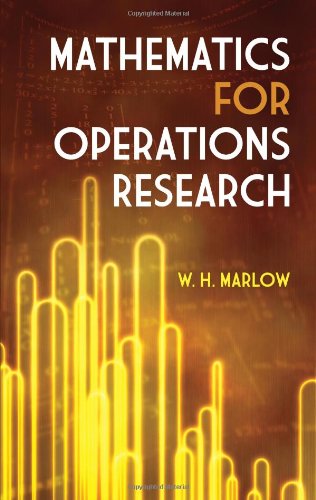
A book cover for Mathematics for Operations Research (Dover Books on Mathematics); W. H. Marlow; Science & Math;